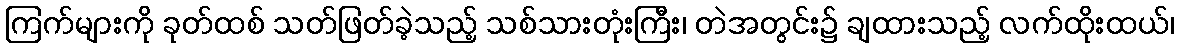
ကြက်များကို ခုတ်ထစ် သတ်ဖြတ်ခဲ့သည့် သစ်သားတုံးကြီး၊ တဲအတွင်း၌ ချထားသည့် လက်ထိုးထယ်၊